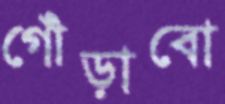
গোঁড়াবো